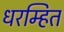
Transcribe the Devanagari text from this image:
धरम्हित